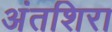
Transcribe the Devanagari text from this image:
अंतशिरा